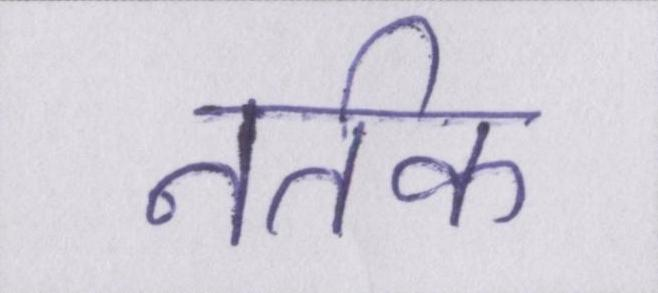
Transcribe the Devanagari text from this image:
नर्तक